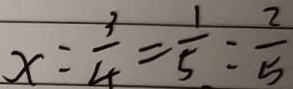
x = \frac { 3 } { 4 } = \frac { 1 } { 5 } o l o n \frac { 2 } { 5 }